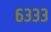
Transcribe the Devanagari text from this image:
६३३३